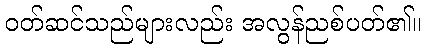
ဝတ်ဆင်သည်များလည်း အလွန်ညစ်ပတ်၏။